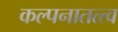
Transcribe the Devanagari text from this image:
कल्पनातत्त्व